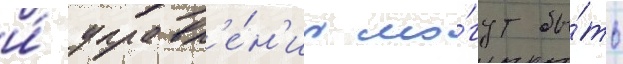
и́ управл'е́н'иа мо́гут бы́ть